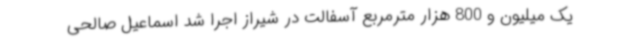
یک میلیون و 800 هزار مترمربع آسفالت در شیراز اجرا شد اسماعیل صالحی